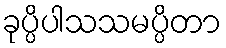
ခုပ္ပိပါသသမပ္ပိတာ